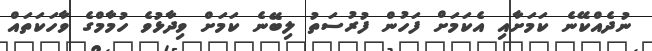
ނުދެއްކޭނެ ކަމަށާއި އެކަމަށް ފަހުން ފުރުސަތު ލިބޭނެ ކަމަށް ވިދާޅުވެ ހުމާމްގެ ވާހަކަތައް